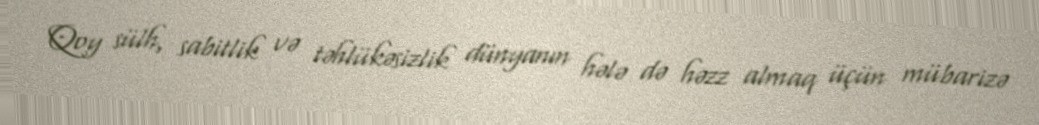
Qoy sülh, sabitlik və təhlükəsizlik dünyanın hələ də həzz almaq üçün mübarizə